Annual report of the Punjab Veterinary College and of the Civil Veterinary Department, Punjab - 1909-1919
Year: 1909
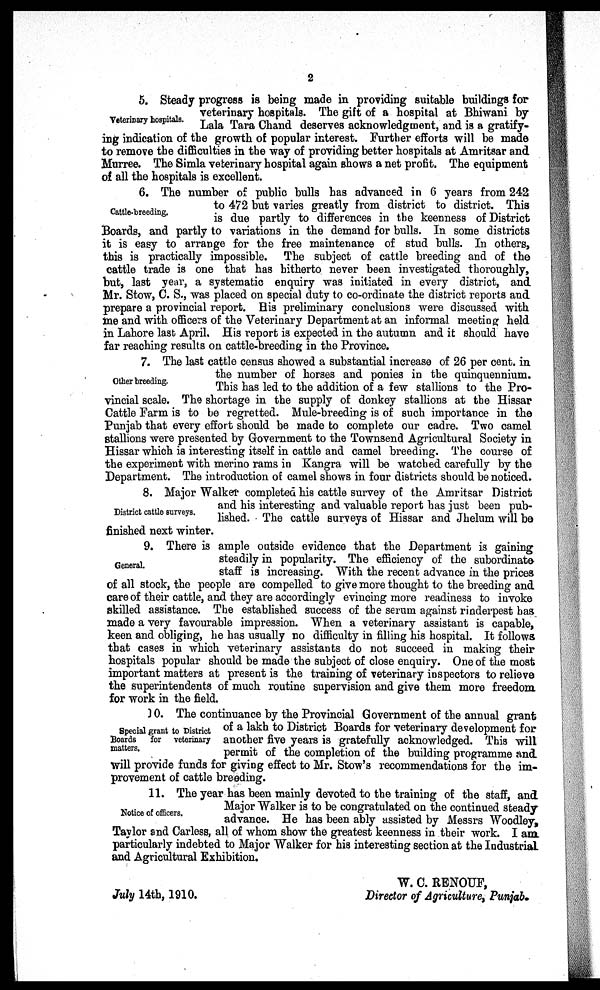
2
Veterinary hospitals.
5. Steady progress is being made in providing suitable buildings for
veterinary hospitals. The gift of a hospital at Bhiwani by
Lala Tara Chand deserves acknowledgment, and is a gratify-
ing indication of the growth of popular interest. Further efforts will be made
to remove the difficulties in the way of providing better hospitals at Amritsar and
Murree. The Simla veterinary hospital again shows a net profit. The equipment
of all the hospitals is excellent.
Cattle-breeding.
6. The number of public bulls has advanced in 6 years from 242
to 472 but varies greatly from district to district. This
is due partly to differences in the keenness of District
Boards, and partly to variations in the demand for bulls. In some districts
it is easy to arrange for the free maintenance of stud bulls. In others,
this is practically impossible. The subject of cattle breeding and of the
cattle trade is one that has hitherto never been investigated thoroughly,
but, last year, a systematic enquiry was initiated in every district, and
Mr. Stow, C. S., was placed on special duty to co-ordinate the district reports and
prepare a provincial report. His preliminary conclusions were discussed with
me and with officers of the Veterinary Department at an informal meeting held
in Lahore last April. His report is expected in the autumn and it should have
far reaching results on cattle-breeding in the Province.
Other breeding.
7. The last cattle census showed a substantial increase of 26 per cent. in
the number of horses and ponies in the quinquennium.
This has led to the addition of a few stallions to the Pro-
vincial scale. The shortage in the supply of donkey stallions at the Hissar
Cattle Farm is to be regretted. Mule-breeding is of such importance in the
Punjab that every effort should be made to complete our cadre. Two camel
stallions were presented by Government to the Townsend Agricultural Society in
Hissar which is interesting itself in cattle and camel breeding. The course of
the experiment with merino rams in Kangra will be watched carefully by the
Department. The introduction of camel shows in four districts should be noticed.
District cattle surveys.
8. Major Walker completed his cattle survey of the Amritsar District
and his interesting and valuable report has just been pub-
lished. The cattle surveys of Hissar and Jhelum will be
finished next winter.
General.
9. There is ample outside evidence that the Department is gaining
steadily in popularity. The efficiency of the subordinate
staff is increasing. With the recent advance in the prices
of all stock, the people are compelled to give more thought to the breeding and
care of their cattle, and they are accordingly evincing more readiness to invoke
skilled assistance. The established success of the serum against rinderpest has
made a very favourable impression. When a veterinary assistant is capable,
keen and obliging, he has usually no difficulty in filling his hospital. It follows
that cases in which veterinary assistants do not succeed in making their
hospitals popular should be made the subject of close enquiry. One of the most
important matters at present is the training of veterinary inspectors to relieve
the superintendents of much routine supervision and give them more freedom.
for work in the field.
Special grant to District
Boards
for
veterinary
matters.
10. The continuance by the Provincial Government of the annual grant
of a lakh to District Boards for veterinary development for
another five years is gratefully acknowledged. This will
permit of the completion of the building programme and
will provide funds for giving effect to Mr. Stow's recommendations for the im-
provement of cattle breeding.
Notice of officers.
11. The year has been mainly devoted to the training of the staff, and
Major Walker is to be congratulated on the continued steady
advance. He has been ably assisted by Messrs Woodley,
Taylor and Carless, all of whom show the greatest keenness in their work. I am
particularly indebted to Major Walker for his interesting section at the Industrial
and Agricultural Exhibition.
W. C. RENOUF,
July 14th, 1910.
Director of Agriculture, Punjab.